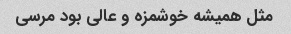
مثل همیشه خوشمزه و عالی بود مرسی